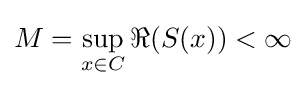
M=\sup _{x\in C}\Re (S(x))<\infty